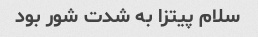
سلام پیتزا به شدت شور بود